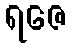
ရဇေ